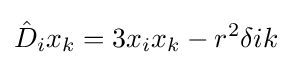
{\hat {D}}_{i}x_{k}=3x_{i}x_{k}-r^{2}\delta {ik}